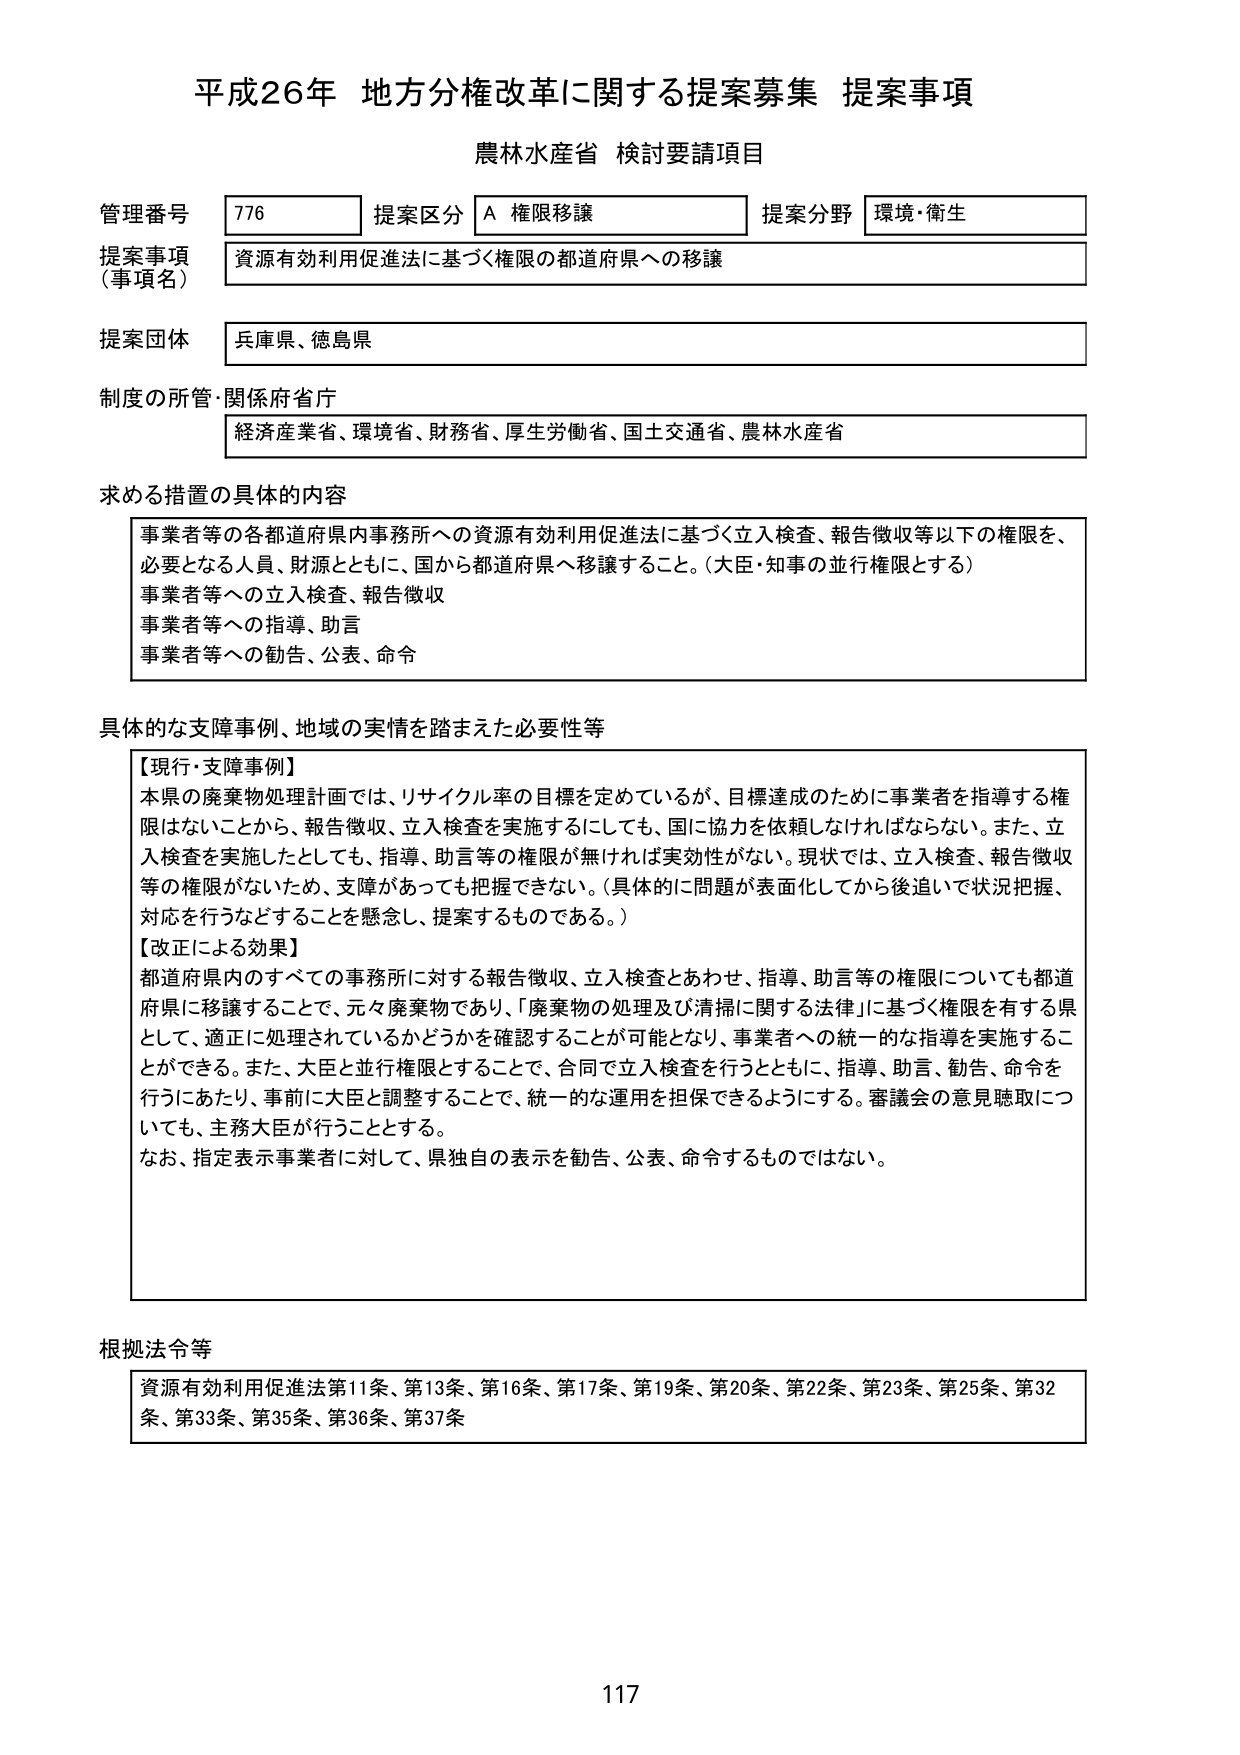
平成26年 地方分権改革に関する提案募集 提案事項
農林水産省 検討要請項目

管理番号 776 提案区分 A 権限移譲 提案分野 環境・衛生
提案事項（事項名） 資源有効利用促進法に基づく権限の都道府県への移譲
提案団体 兵庫県、徳島県
制度の所管・関係府省庁 経済産業省、環境省、財務省、厚生労働省、国土交通省、農林水産省

求める措置の具体的内容
事業者等の各都道府県内事務所への資源有効利用促進法に基づく立入検査、報告徴収等以下の権限を、必要となる人員、財源とともに、国から都道府県へ移譲すること。（大臣・知事の並行権限とする）
事業者等への立入検査、報告徴収
事業者等への指導、助言
事業者等への勧告、公表、命令

具体的な支障事例、地域の実情を踏まえた必要性等
【現行・支障事例】
本県の廃棄物処理計画では、リサイクル率の目標を定めているが、目標達成のために事業者を指導する権限がないことから、報告徴収、立入検査を実施するにしても、国に協力を依頼しなければならない。また、立入検査を実施したとしても、指導、助言等の権限が無ければ実効性がない。現状では、立入検査、報告徴収等の権限がないため、支障があっても把握できない。（具体的に問題が表面化してから後追いで状況把握、対応を行うなどすることを懸念し、提案するものである。）
【改正による効果】
都道府県内のすべての事務所に対する報告徴収、立入検査とあわせ、指導、助言等の権限についても都道府県に移譲することで、元々廃棄物であり、「廃棄物の処理及び清掃に関する法律」に基づく権限を有する県として、適正に処理されているかどうかを確認することが可能となり、事業者への統一的な指導を実施することができる。また、大臣と並行権限とすることで、合同で立入検査を行うとともに、指導、助言、勧告、命令を行うにあたり、事前に大臣と調整することで、統一的な運用を担保できるようにする。審議会の意見聴取についても、主務大臣が行うこととする。
なお、指定表示事業者に対して、県独自の表示を勧告、公表、命令するものではない。

根拠法令等
資源有効利用促進法第11条、第13条、第16条、第17条、第19条、第20条、第22条、第23条、第25条、第32条、第33条、第35条、第36条、第37条

117